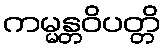
ကမ္မန္တဝိပတ္တိ